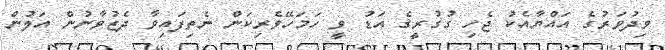
ވިދުވަރުގެ އައްޔާއެކު ޖެހި ގުގުރީގެ އަޑު ވީ ހަމަހޭވެރިކަން ނެތިފައިވާ ދެޒުވާނުން އަލުން